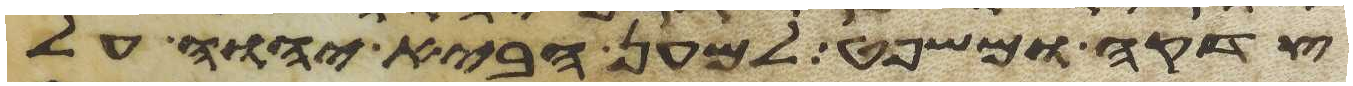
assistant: צדקה ומשפט למען הביא יהוה על